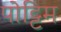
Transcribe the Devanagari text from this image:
पोट्टिम